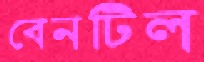
বেনটিল